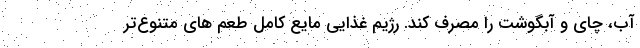
آب، چای و آبگوشت را مصرف کند. رژیم غذایی مایع کامل طعم های متنوع‌تر